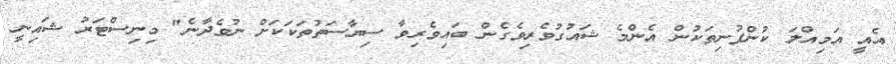
އެއީ އަމިއްލަ ކުންފުނިތަކުން އެންމެ ޝައުގުވެރިވެގެން ބައިވެރިވާ ސިޔާސަތުތަކަކަށް ނުވެދާނެ" މިނިސްޓަރު ޝައިނީ